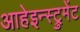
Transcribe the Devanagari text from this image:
आहेइन्स्ट्रुमेंट